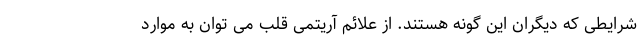
شرایطی که دیگران این گونه هستند. از علائم آریتمی قلب می توان به موارد